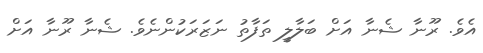
އެވެ. ރޫނާ ޝެނާ އަށް ބަލާލީ ތަފާތު ނަޒަރަކުންނެވެ. ޝެނާ ރޫނާ އަށް